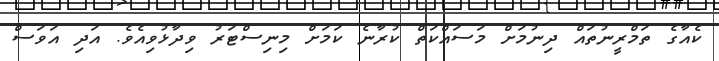
ކެއާގެ ތަމްރީނުތައް ދިނުމަށް މަސަަައްކަތް ކުރާނެ ކަމަށް މިނިސްޓަރު ވިދާޅުވިއެވެ. އަދި އަވަސް